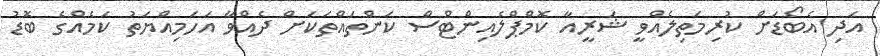
އަދި އެބޯޑަށް ކުރިމަތިލެއްވީ ޝަރީއާ ކޮމްޕްލެއިންޓްސް ކަންތައްތަކަށް ދެއްވާ އަހަމިއްޔަތު ކަމެއްގެ ބޮޑު